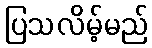
ပြသလိမ့်မည်